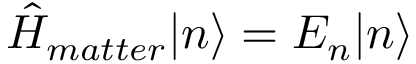
\hat { H } _ { m a t t e r } | n \rangle = E _ { n } | n \rangle